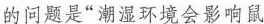
的问题是”潮湿环境会影响鼠